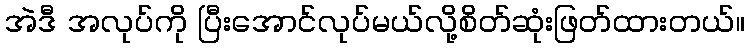
အဲဒီ အလုပ်ကို ပြီးအောင်လုပ်မယ်လို့စိတ်ဆုံးဖြတ်ထားတယ်။